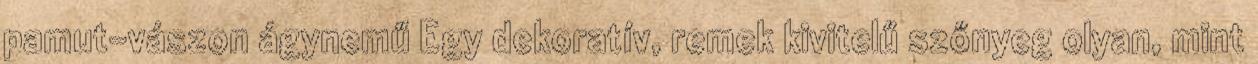
pamut-vászon ágynemű Egy dekoratív, remek kivitelű szőnyeg olyan, mint